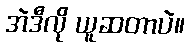
အဲဒီလို ယူဆတာပဲ။